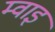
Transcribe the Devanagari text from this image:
म्वाइ